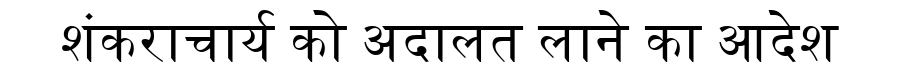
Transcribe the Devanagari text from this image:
शंकराचार्य को अदालत लाने का आदेश